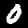
Label: 0